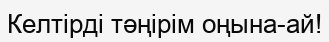
Келтірді тәңірім оңына-ай!